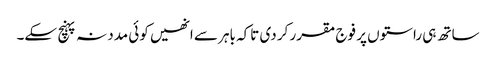
ساتھ ہی راستوں پر فوج مقرر کر دی تاکہ باہر سے انھیں کوئی مدد نہ پہنچ سکے۔